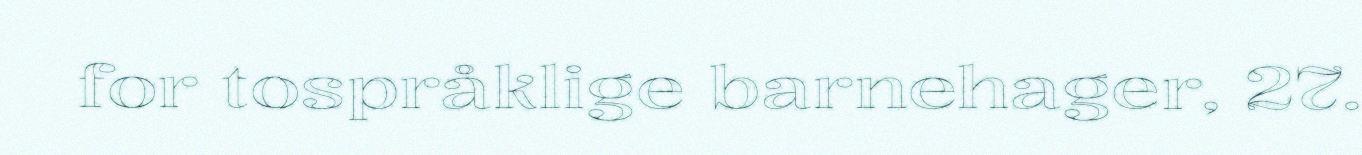
for tospråklige barnehager, 27.